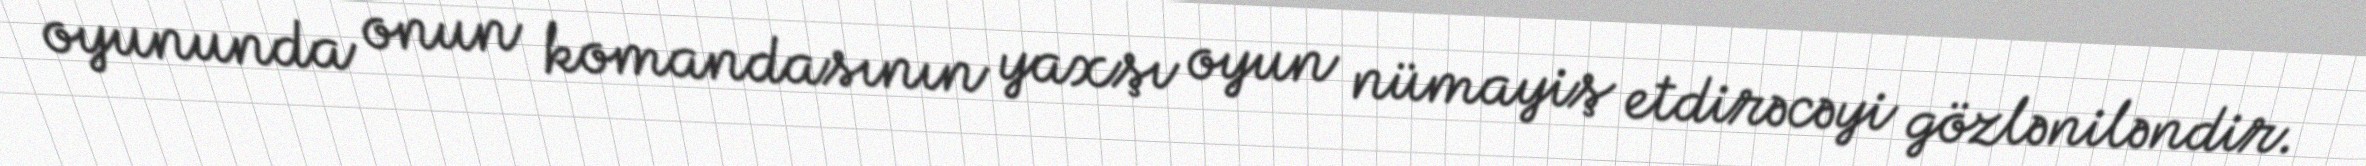
oyununda onun komandasının yaxşı oyun nümayiş etdirəcəyi gözləniləndir.